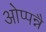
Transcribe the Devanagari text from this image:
ओप्पन्नै